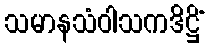
သမာနသံဝါသကဒိဋ္ဌိံ